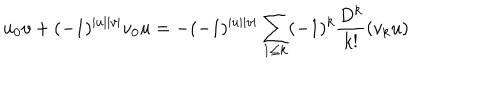
u _ { 0 } v + ( - 1 ) ^ { | u | | v | } v _ { 0 } u = - ( - 1 ) ^ { | u | | v | } \sum _ { 1 \leq k } ( - 1 ) ^ { k } \frac { D ^ { k } } { k ! } ( v _ { k } u )